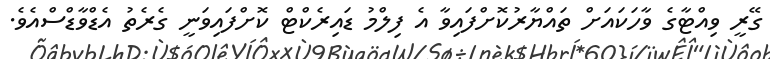
ގޭރީ ވިއްޓާގެ ވާހަކައަށް ތައްޔާރުކޮށްފައިވާ އެ ފިލްމު ޑައިރެކްޓް ކޮށްފައިވަނީ ގެރެތު އެޑްވާޑްސްއެވެ.